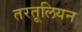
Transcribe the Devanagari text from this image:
तरतूलियन